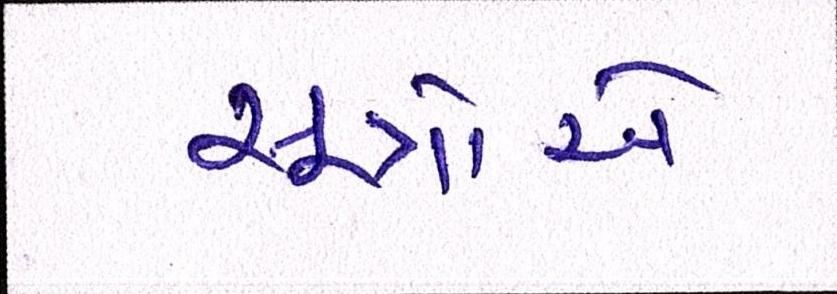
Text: સૂત્રોએ